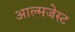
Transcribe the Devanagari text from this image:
आल्मजेस्ट